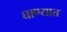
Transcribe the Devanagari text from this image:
घाण्यात